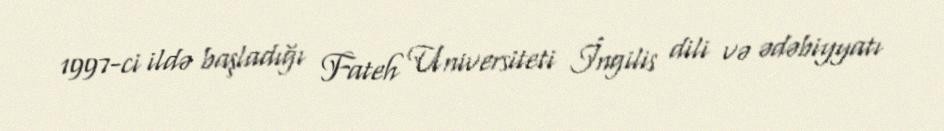
1997-ci ildə başladığı Fateh Universiteti İngilis dili və ədəbiyyatı